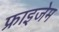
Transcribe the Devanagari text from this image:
फ्राइजेम